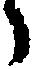
々